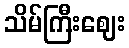
သိမ်ကြီးဈေး